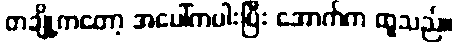
တချို့ကတော့ အပေါ်ကပါးပြီး အောက်က ထူသည်။